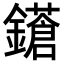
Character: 𨮤